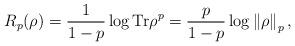
LaTeX: \begin{align*}R_{p}(\rho )=\frac{1}{1-p}\log \mathrm{Tr}\rho ^{p}=\frac{p}{1-p}\log\left\Vert \rho \right\Vert _{p}, \end{align*}